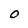
Character: O